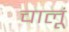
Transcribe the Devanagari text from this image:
चालूं